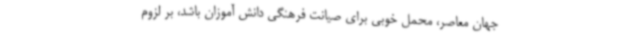
جهان معاصر، محمل خوبی برای صیانت فرهنگی دانش آموزان باشد، بر لزوم